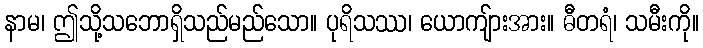
နာမ၊ ဤသို့သဘောရှိသည်မည်သော။ ပုရိသဿ၊ ယောကျ်ားအား။ ဓီတရံ၊ သမီးကို။